Report on plague in the Punjab from October 1st ... to September 30th ..., being the ... season of plague in the province
Disease focus: Plague
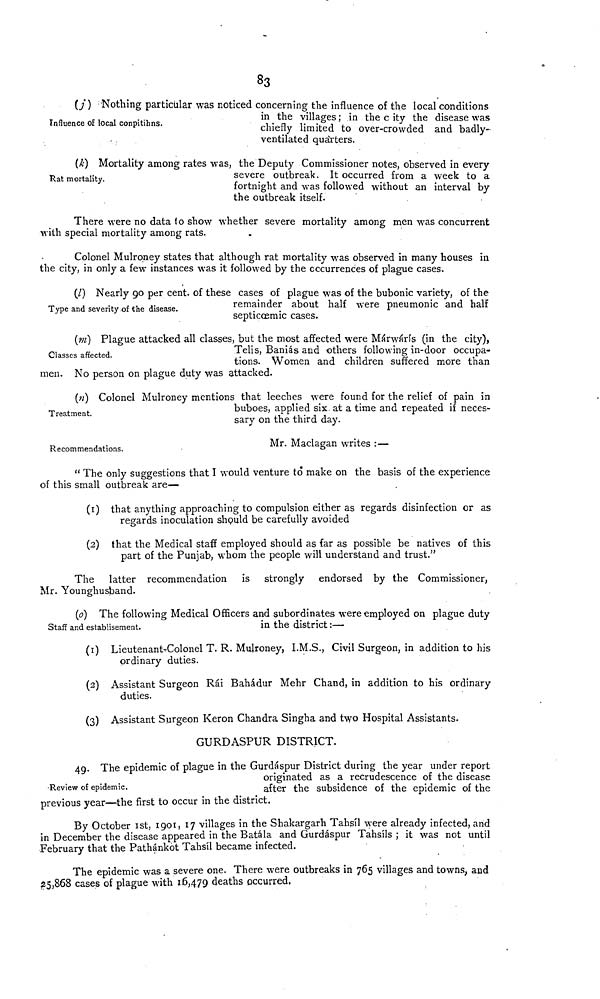
83
Influence of local conpitihns.
(j) Nothing particular was noticed concerning the influence of the local conditions
in the villages; in the c ity the disease was
chiefly limited to over-crowded and badly-
ventilated quárters.
Rat mortality.
(k) Mortality among rates was, the Deputy Commissioner notes, observed in every
severe outbreak. It occurred from a week to a
fortnight and was followed without an interval by
the outbreak itself.
There were no data to show whether severe mortality among men was concurrent
with special mortality among rats.
Colonel Mulroney states that although rat mortality was observed in many houses in
the city, in only a few instances was it followed by the occurrences of plague cases.
Type and severity of the disease.
(l) Nearly 90 per cent, of these cases of plague was of the bubonic variety, of the
remainder about half were pneumonic and half
septiccemic cases.
Classes affected.
(m) Plague attacked all classes, but the most affected were Márwárís (in the city),
Telis, Baniás and others following in-door occupa-
tions. Women and children suffered more than
men. No person on plague duty was attacked.
Treatment.
(n) Colonel Mulroney mentions that leeches were found for the relief of pain in
buboes, applied six at a time and repeated if neces-
sary on the third day.
Recommendations.
Mr. Maclagan writes :—
" The only suggestions that I would venture to make on the basis of the experience
of this small outbreak are—
(1) that anything approaching to compulsion either as regards disinfection or as
regards inoculation should be carefully avoided
(2) that the Medical staff employed should as far as possible be natives of this
part of the Punjab, whom the people will understand and trust."
The latter recommendation is strongly endorsed by the Commissioner,
Mr. Younghusband.
Staff and establisement.
(0) The following Medical Officers and subordinates were employed on plague duty
in the district:—
(1) Lieutenant-Colonel T. R. Mulroney, I.M.S., Civil Surgeon, in addition to his
ordinary duties.
(2) Assistant Surgeon Rái Bahádur Mehr Chand, in addition to his ordinary
duties.
(3) Assistant Surgeon Keron Chandra Singha and two Hospital Assistants.
GURDASPUR DISTRICT.
Review of epidemic.
4g. The epidemic of plague in the Gurdáspur District during the year under report
originated as a recrudescence of the disease
after the subsidence of the epidemic of the
previous year—the first to occur in the district.
By October 1st, 1901, 17 villages in the Shakargarh Tahsíl were already infected, and
in December the disease appeared in the Batála and Gurdáspur Tahsíls ; it was not until
February that the Pathánkot Tahsíl became infected.
The epidemic was a severe one. There were outbreaks in 765 villages and towns, and
25,868 cases of plague with 16,479 4eaths occurred,